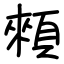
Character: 顂